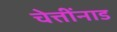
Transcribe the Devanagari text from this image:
चेत्तींनाड